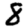
Digit: 8